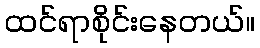
ထင်ရာစိုင်းနေတယ်။